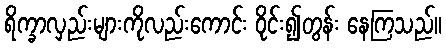
ရိက္ခာလှည်းများကိုလည်းကောင်း ဝိုင်း၍တွန်း နေကြသည်။